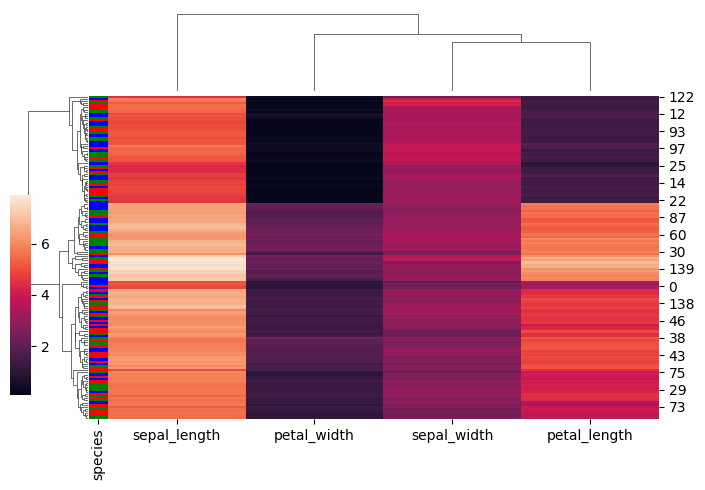
python, seaborn, clustermap, figsize=(7, 5), row_cluster=True, dendrogram_ratio=(0.1, 0.2), cbar_pos=(0, 0.2, 0.03, 0.4)